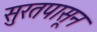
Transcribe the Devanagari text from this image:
सुरतपासून